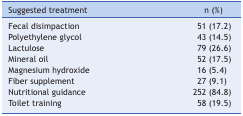
<table><thead><tr><td><b>Suggested treatment</b></td><td><b>n (%)</b></td></tr></thead><tbody><tr><td>Fecal disimpaction</td><td>51 (17.2)</td></tr><tr><td>Polyethylene glycol</td><td>43 (14.5)</td></tr><tr><td>Lactulose</td><td>79 (26.6)</td></tr><tr><td>Mineral oil</td><td>52 (17.5)</td></tr><tr><td>Magnesium hydroxide</td><td>16 (5.4)</td></tr><tr><td>Fiber supplement</td><td>27 (9.1)</td></tr><tr><td>Nutritional guidance</td><td>252 (84.8)</td></tr><tr><td>Toilet training</td><td>58 (19.5)</td></tr></tbody></table>